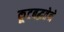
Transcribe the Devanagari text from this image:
कूटबद्धतेने